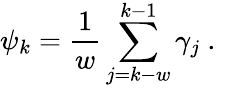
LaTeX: \psi_{k}=\frac{1}{w}\sum_{j=k-w}^{k-1}\gamma_{j}\mathrm{~.~}